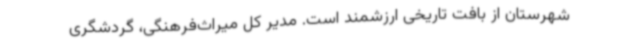
شهرستان از بافت تاریخی ارزشمند است. مدیر کل میراث‌فرهنگی، گردشگری